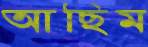
আছিম